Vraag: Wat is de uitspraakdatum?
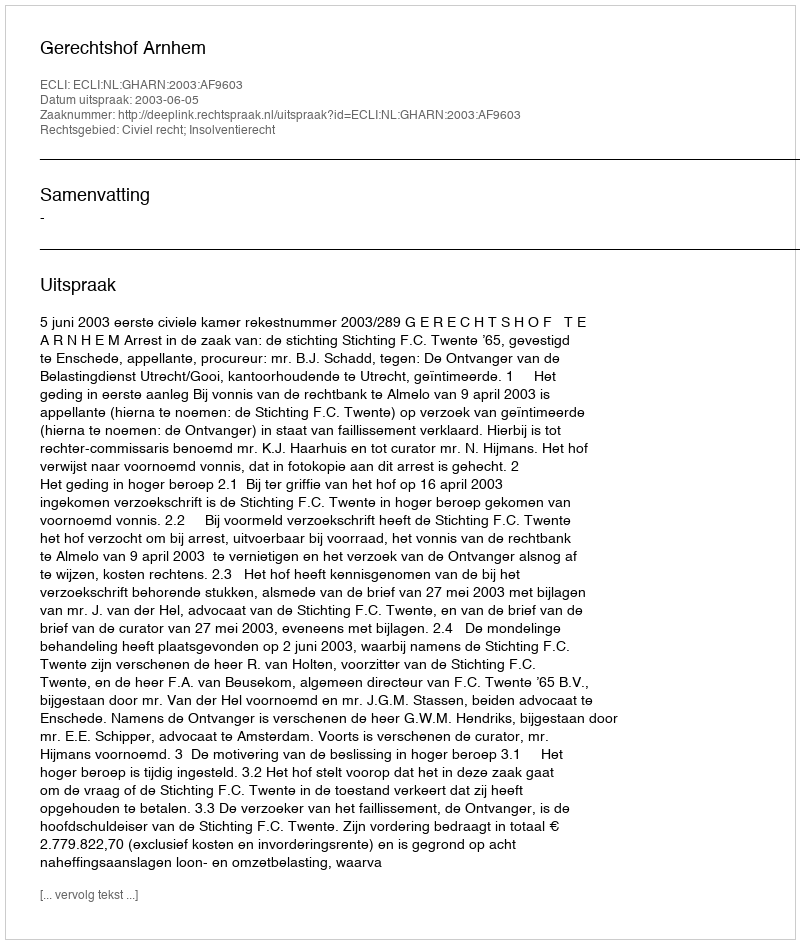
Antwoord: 2003-06-05